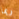
ربما